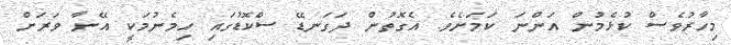
މިހާރުވެސް ކުޅެމުން އަންނަ ކަމަށެވެ. އެގޮތުން ދަގަނޑޭ ސްކޮޑުގައި ހިމެނުމަކީ އޭނާ ވަރަށް